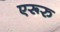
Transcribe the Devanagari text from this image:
एरूरु